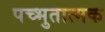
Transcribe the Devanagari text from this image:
पच्भुतात्मक